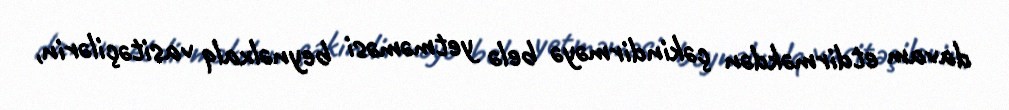
davam etdirməkdən çəkindirməyə belə yetməməsi beynəlxalq vasitəçilərin,